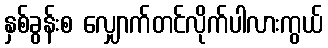
နှစ်ခွန်းစ လျှောက်တင်လိုက်ပါလားကွယ်